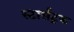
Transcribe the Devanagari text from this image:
स्टार्सट्रक